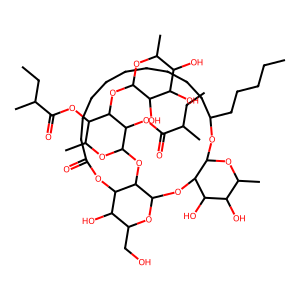
SMILES: CCCCCC1CCCCCCCCCC(=O)OC2C(O)C(CO)OC(OC3C(O1)OC(C)C(O)C3O)C2OC1OC(C)C(OC(=O)C(C)CC)C(OC2OC(C)C(O)C(O)C2O)C1OC(=O)C(C)CC
Inhibits HIV replication: No